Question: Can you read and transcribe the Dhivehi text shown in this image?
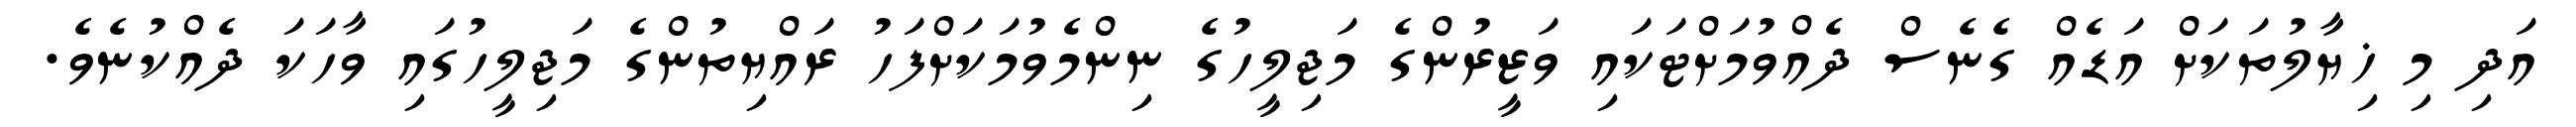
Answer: އަދި މި ޚިޔާލުތަކަށް އަޑެއް ގެނެސް ދެއްވުމަށްޓަކައި ވަޒީރުންގެ މަޖިލީހުގެ ނިންމެވުމަކަށްފަހު ރައްޔިތުންގެ މަޖިލީހުގައި ވާހަކަ ދެއްކުނެވެ.